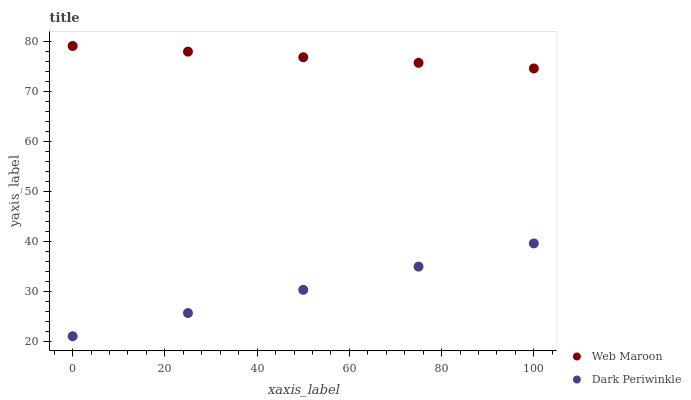
| xaxis_label | Web Maroon | Dark Periwinkle |
 | --- | --- | --- |
 | 0 | 79 | 21 |
 | 25 | 77.9 | 25.6 |
 | 50 | 76.8 | 30.3 |
 | 75 | 75.6 | 34.9 |
 | 100 | 74.5 | 39.6 |